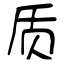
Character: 质